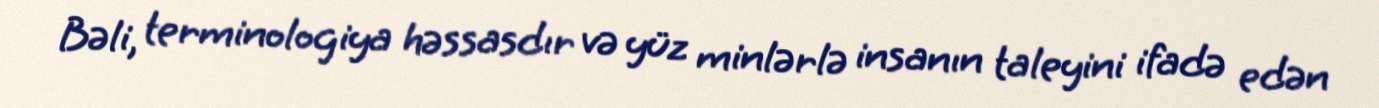
Bəli, terminologiya həssasdır və yüz minlərlə insanın taleyini ifadə edən